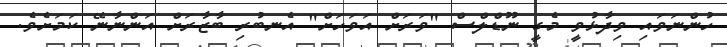
ހުންނަވައި ވިދާޅުވީ މެގީ ނޫޑްލްސް "ވަރަށް އަވަހަށް" އެނބުރި ބާޒާރަށް އަންނާނޭ ކަމަށެވެ.